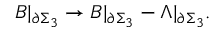
B | _ { \partial \Sigma _ { 3 } } \rightarrow B | _ { \partial \Sigma _ { 3 } } - \Lambda | _ { \partial \Sigma _ { 3 } } .